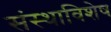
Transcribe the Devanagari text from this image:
संस्थाविशेष